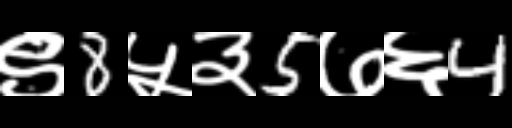
Text: ९8५३5७६4